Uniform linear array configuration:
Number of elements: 48
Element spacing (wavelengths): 0.25
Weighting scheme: hamming
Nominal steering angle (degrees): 30
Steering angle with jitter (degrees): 30.443
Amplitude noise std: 0.05
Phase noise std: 0.05

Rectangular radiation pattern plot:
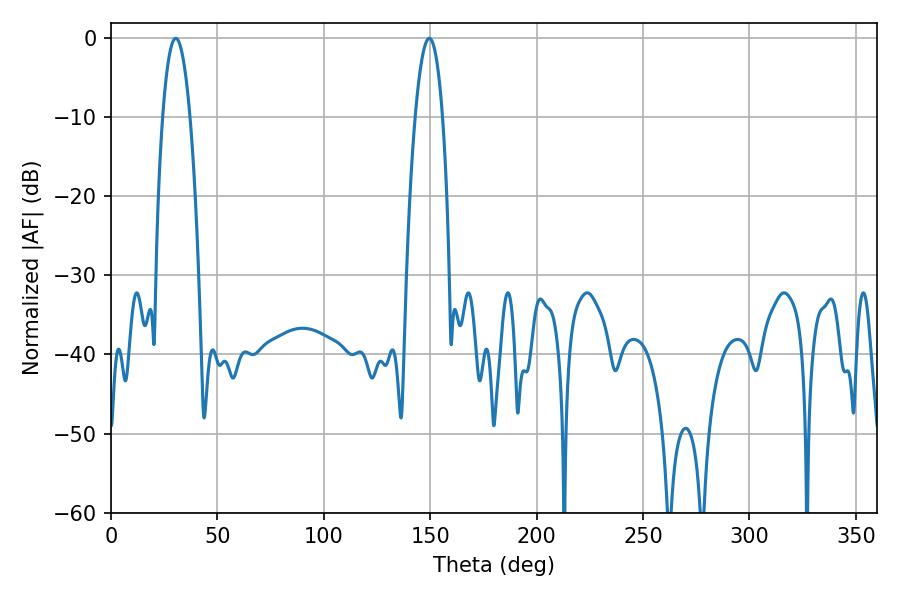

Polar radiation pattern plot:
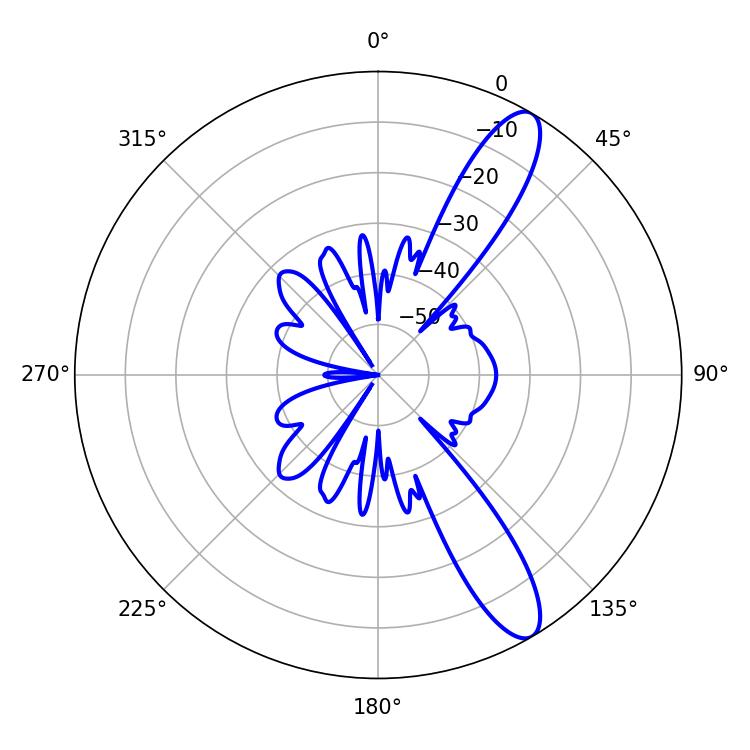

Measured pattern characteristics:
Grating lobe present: FALSE
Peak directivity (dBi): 11.696
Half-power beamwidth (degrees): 7.02
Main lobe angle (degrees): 30.42